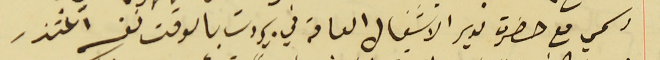
رسمي مع حضرة مدير الاشغال العامة في بيروت بالوقت نفسه اعتذر